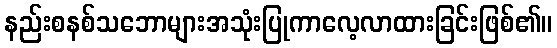
နည်းစနစ်သဘောများအသုံးပြုကာလေ့လာထားခြင်းဖြစ်၏။